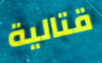
قتالية